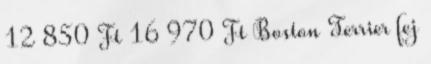
12 850 Ft 16 970 Ft Boston Terrier fej